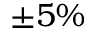
\pm 5 \%